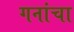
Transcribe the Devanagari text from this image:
गनांचा